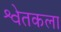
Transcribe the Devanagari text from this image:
श्वेतकला